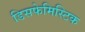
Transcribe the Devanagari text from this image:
डिसफेमिस्टिक